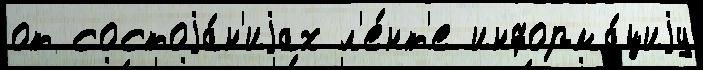
от состоjа́н'иjах л'е́нт'е информа́циjу